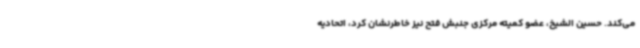
می‌کند. حسین الشیخ، عضو کمیته مرکزی جنبش فتح نیز خاطرنشان کرد، اتحادیه